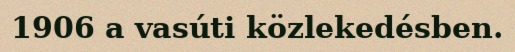
1906 a vasúti közlekedésben.